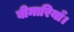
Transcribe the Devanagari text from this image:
बीमारियाँ।